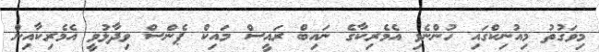
މިވަގުތު މިއުނިކްގައި ހުންނެވި އެމެރިކާގެ ނައިބް ރައީސް މައިކް ޕެންސް ވިދާޅުވީ އެމެރިކާއިން